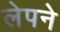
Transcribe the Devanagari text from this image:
लेपने